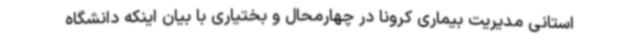
استانی مدیریت بیماری کرونا در چهارمحال و بختیاری با بیان اینکه دانشگاه